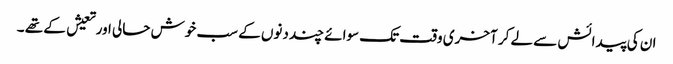
ان کی پیدائش سے لے کر آخری وقت تک سوائے چند دنوں کے سب خوش حالی اور تعیش کے تھے ۔